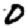
Digit: 0